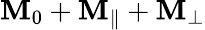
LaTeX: \mathbf{M}_{0}+\mathbf{M}_{\parallel}+\mathbf{M}_{\perp}